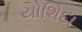
યોશિદા